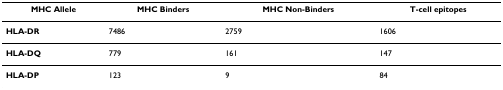
<table><thead><tr><td><b>MHC Allele</b></td><td><b>MHC Binders</b></td><td><b>MHC Non-Binders</b></td><td><b>T-cell epitopes</b></td></tr></thead><tbody><tr><td><b>HLA-DR</b></td><td>7486</td><td>2759</td><td>1606</td></tr><tr><td><b>HLA-DQ</b></td><td>779</td><td>161</td><td>147</td></tr><tr><td><b>HLA-DP</b></td><td>123</td><td>9</td><td>84</td></tr></tbody></table>